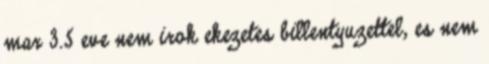
mar 3.5 eve nem irok ekezetes billentyuzettel, es nem